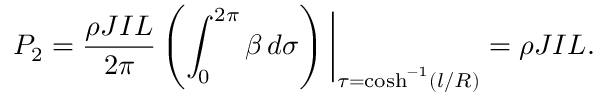
P _ { 2 } = \frac { \rho J I L } { 2 \pi } \left( \int _ { 0 } ^ { 2 \pi } \beta \, d \sigma \right) \bigg | _ { \tau = \cosh ^ { - 1 } ( l / R ) } = \rho J I L .